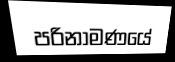
පරිනාමණයේ